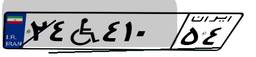
۲۴W۴۱۰۵۴